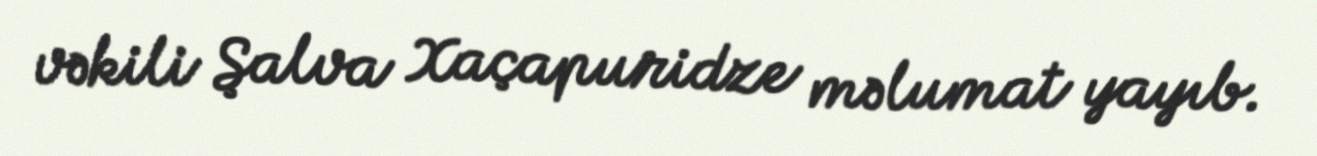
vəkili Şalva Xaçapuridze məlumat yayıb.